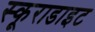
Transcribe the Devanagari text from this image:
स्कूराडाइट